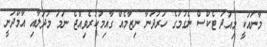
މާނައަކީ މިއަދު ޓެކްސް ނެގުމުގެ ހަރުދަނާ ނިޒާމެއް ގާއިމުކުރެވިއްޖެ ނަމަ މުދަލާއި އާމްދަނީ